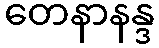
တေနာနန္ဒ